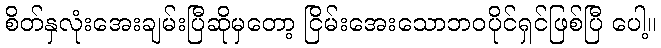
စိတ်နှလုံးအေးချမ်းပြီဆိုမှတော့ ငြိမ်းအေးသောဘဝပိုင်ရှင်ဖြစ်ပြီ ပေါ့။